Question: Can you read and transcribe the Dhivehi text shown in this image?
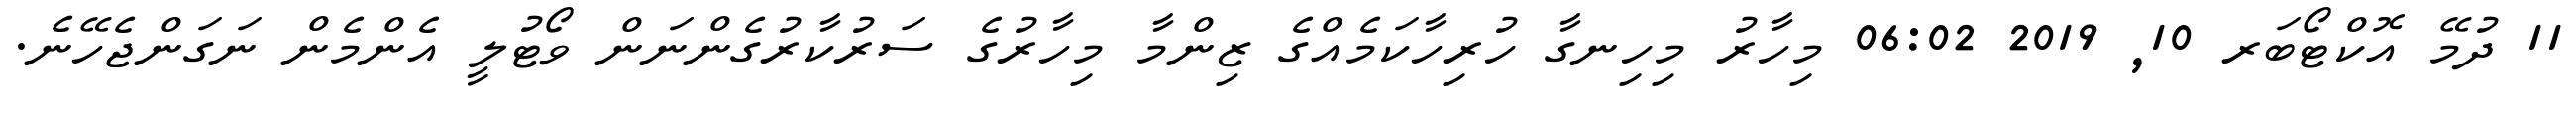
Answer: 11 ދުމޭ އޮކްޓޯބަރ 10, 2019 06:02 މިހާރު މިހިނގާ ހުރިހާކަމެއްގެ ޒިންމާ މިހާރުގެ ސަރުކާރުގެންނަން ވޯޓުލީ އެންމެން ނަގަންޖެހޭނެ.